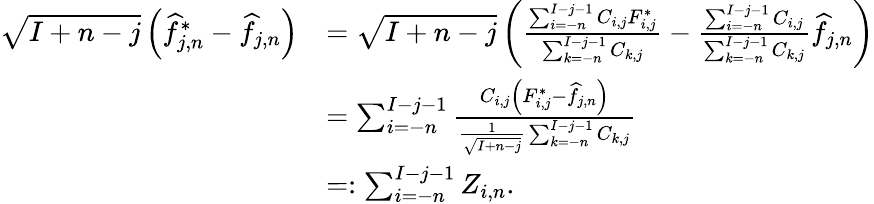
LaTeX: \begin{array}{rl}{\sqrt{I+n-j}\left(\widehat f_{j,n}^{*}-\widehat f_{j,n}\right)}&{=\sqrt{I+n-j}\left(\frac{\sum_{i=-n}^{I-j-1}C_{i,j}F_{i,j}^{*}}{\sum_{k=-n}^{I-j-1}C_{k,j}}-\frac{\sum_{i=-n}^{I-j-1}C_{i,j}}{\sum_{k=-n}^{I-j-1}C_{k,j}}\widehat f_{j,n}\right)}\\ &{=\sum_{i=-n}^{I-j-1}\frac{C_{i,j}\left(F_{i,j}^{*}-\widehat f_{j,n}\right)}{\frac{1}{\sqrt{I+n-j}}\sum_{k=-n}^{I-j-1}C_{k,j}}}\\ &{=:\sum_{i=-n}^{I-j-1}Z_{i,n}.}\end{array}